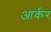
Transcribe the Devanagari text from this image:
आर्कर